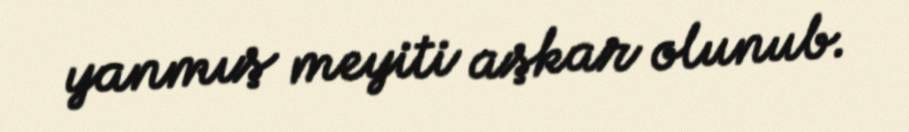
yanmış meyiti aşkar olunub.